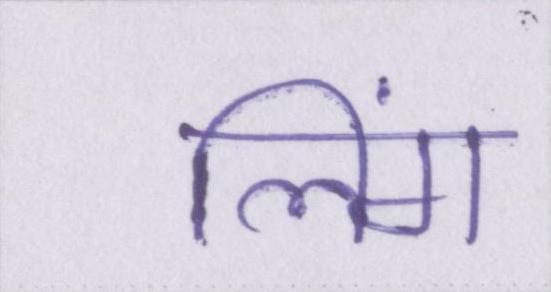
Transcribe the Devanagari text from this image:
लिंग